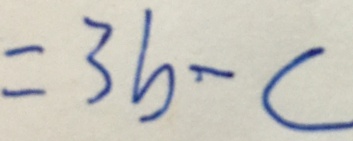
= 3 b - c